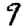
Digit: 9